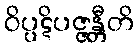
ဝိပ္ပဋိပဇ္ဇန္တီတိ